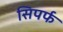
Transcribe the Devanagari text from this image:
सिपर्फ